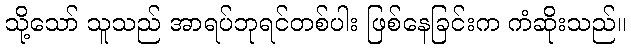
သို့သော် သူသည် အာရပ်ဘုရင်တစ်ပါး ဖြစ်နေခြင်းက ကံဆိုးသည်။